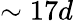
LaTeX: \sim 17d